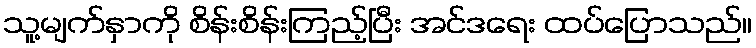
သူ့မျက်နှာကို စိန်းစိန်းကြည့်ပြီး အင်ဒရေး ထပ်ပြောသည်။